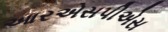
આરએસપીએસ